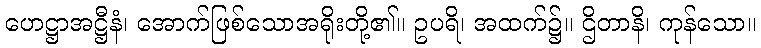
ဟေဋ္ဌာအဋ္ဌီနံ၊ အောက်ဖြစ်သောအရိုးတို့၏။ ဥပရိ၊ အထက်၌။ ဌိတာနိ၊ ကုန်သော။